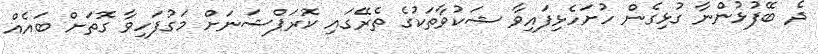
ދެ ބޭފުޅުންނާ ގުޅިގެން ހުށަހެޅިފައިވާ ޝަކުވާތަކުގެ ތެރޭގައި ކޮރަޕްޝަނަށް މަގުފަހިވާ ގޮތަށް ބައެއް